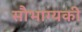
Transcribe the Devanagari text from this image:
सौभाग्यकी